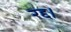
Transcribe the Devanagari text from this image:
रद्द।